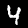
Label: 4